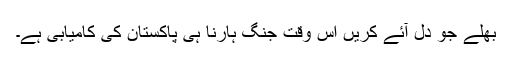
بھلے جو دل آئے کریں اس وقت جنگ ہارنا ہی پاکستان کی کامیابی ہے۔